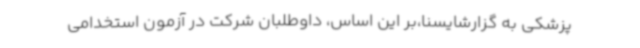
پزشکی به گزارشایسنا،بر این اساس، داوطلبان شرکت در آزمون استخدامی